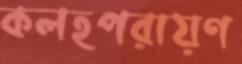
কলহপরায়ণ